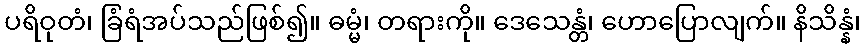
ပရိဝုတံ၊ ခြံရံအပ်သည်ဖြစ်၍။ ဓမ္မံ၊ တရားကို။ ဒေသေန္တံ၊ ဟောပြောလျက်။ နိသိန္နံ၊